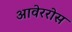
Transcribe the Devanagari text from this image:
आवेररोस